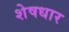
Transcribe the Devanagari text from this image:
शेषधार